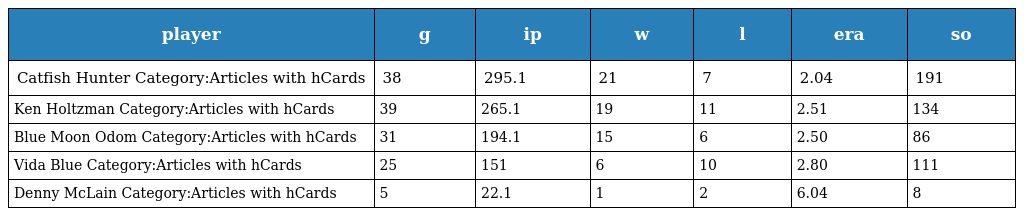
| player | g | ip | w | l | era | so |
 | --- | --- | --- | --- | --- | --- | --- |
 | Catfish Hunter Category:Articles with hCards | 38 | 295.1 | 21 | 7 | 2.04 | 191 |
 | Ken Holtzman Category:Articles with hCards | 39 | 265.1 | 19 | 11 | 2.51 | 134 |
 | Blue Moon Odom Category:Articles with hCards | 31 | 194.1 | 15 | 6 | 2.50 | 86 |
 | Vida Blue Category:Articles with hCards | 25 | 151 | 6 | 10 | 2.80 | 111 |
 | Denny McLain Category:Articles with hCards | 5 | 22.1 | 1 | 2 | 6.04 | 8 |